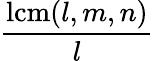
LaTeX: \frac{\operatorname{lcm}(l,m,n)}{l}